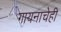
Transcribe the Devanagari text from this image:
गायनाचेही